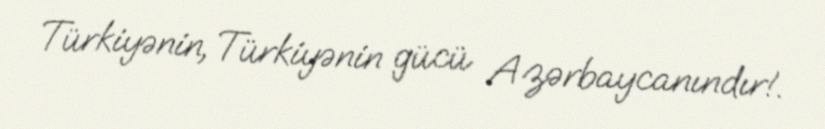
Türkiyənin, Türkiyənin gücü Azərbaycanındır!.